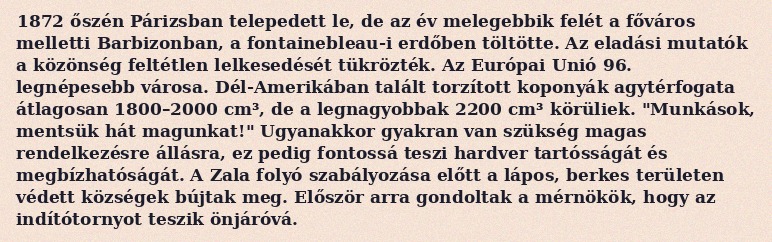
1872 őszén Párizsban telepedett le, de az év melegebbik felét a főváros melletti Barbizonban, a fontainebleau-i erdőben töltötte. Az eladási mutatók a közönség feltétlen lelkesedését tükrözték. Az Európai Unió 96. legnépesebb városa. Dél-Amerikában talált torzított koponyák agytérfogata átlagosan 1800–2000 cm³, de a legnagyobbak 2200 cm³ körüliek. "Munkások, mentsük hát magunkat!" Ugyanakkor gyakran van szükség magas rendelkezésre állásra, ez pedig fontossá teszi hardver tartósságát és megbízhatóságát. A Zala folyó szabályozása előtt a lápos, berkes területen védett községek bújtak meg. Először arra gondoltak a mérnökök, hogy az indítótornyot teszik önjáróvá.